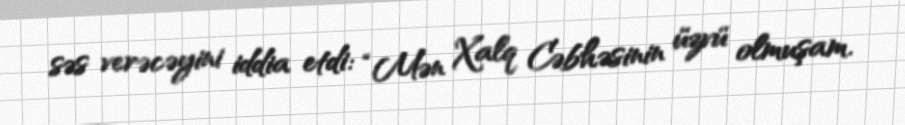
səs verəcəyini iddia etdi: “Mən Xalq Cəbhəsinin üzvü olmuşam.